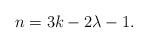
LaTeX: \begin{align*} n = 3k-2\lambda-1.\end{align*}